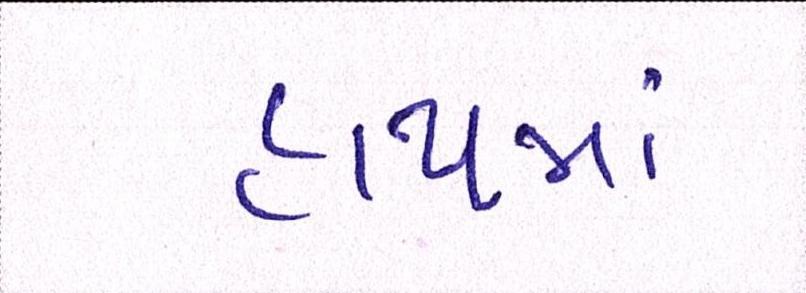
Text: હાથમાં